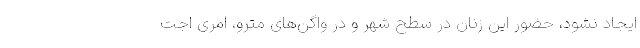
ایجاد نشود، حضور این زنان در سطح شهر و در واگن‌های مترو، امری اجت